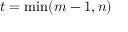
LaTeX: t = \operatorname* { m i n } ( m - 1 , n )